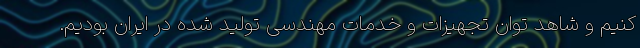
کنیم و شاهد توان تجهیزات و خدمات مهندسی تولید شده در ایران بودیم.